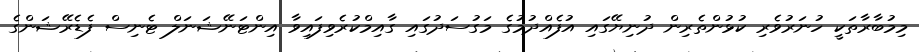
މިމުބާރާތަކީ ހުނަރުވެރި ކުޅުންތެރިން ދުނިޔޭގައި އުފެއްދުމުގެ މަގުސަދުގައި ގާއިމްކުރެވިފައިވާ އިންޓަނޭޝަނަލް ޓެނިސް ފެޑެރޭޝަންގެ